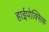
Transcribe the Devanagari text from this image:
हाईपोक्सिक